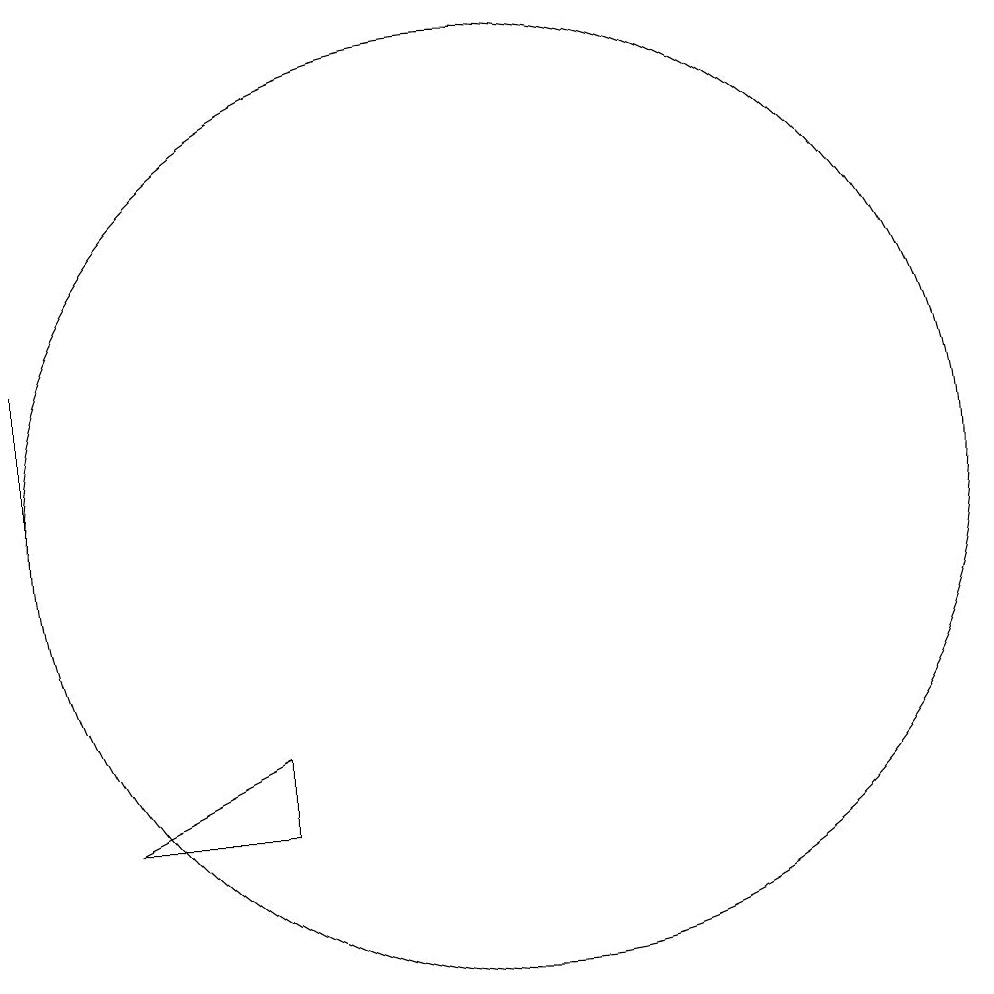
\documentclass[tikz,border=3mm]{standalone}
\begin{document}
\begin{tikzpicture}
\draw (5,12) rectangle (5,10);
\draw (6,6) -- (8,6) -- (8,7) -- cycle;
\draw (11,10) circle (6);
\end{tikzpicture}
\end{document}